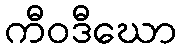
ကီဝဒီဃော